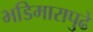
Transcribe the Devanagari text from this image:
भडिमारापुढे